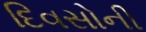
દિવસોની